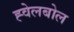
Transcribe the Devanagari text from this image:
ह्वेलबोल